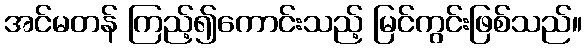
အင်မတန် ကြည့်၍ကောင်းသည့် မြင်ကွင်းဖြစ်သည်။